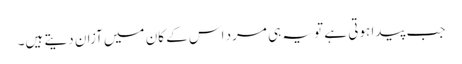
جب پیدا ہوتی ہے تو یہ ہی مرد اس کے کان میں آزان دیتے ہیں۔